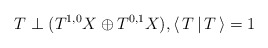
\begin{align*}T\perp (T^{1,0}X\oplus T^{0,1}X), \langle\,T\,|\,T\,\rangle=1\end{align*}